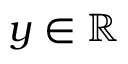
y \in \mathbb { R }